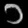
Digit: ၁